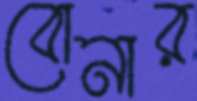
বোনার